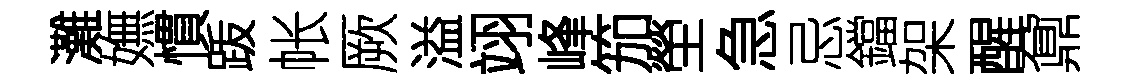
灘嫵慣䟦帐厥溢翊峰笳塋急忌鐺架醒鼐